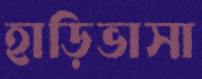
হাড়িভাসা